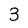
Character: 3